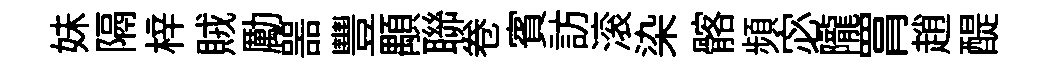
妹隔梓賊勵噐豐顒聯卷賓訪滚染髂頻宓隴罥趙醍